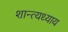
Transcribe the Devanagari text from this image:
शान्त्यध्याय